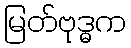
မြတ်ဗုဒ္ဓက